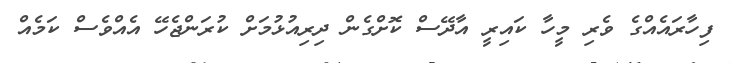
ފިހާރައެއްގެ ވެރި މީހާ ކައިރީ އާދޭސް ކޮށްގެން ދިރިއުޅުމަށް ކުރަންޖެހޭ އެއްވެސް ކަމެއް